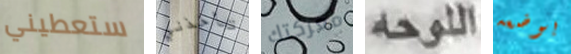
ستعطيني تأخذني معركتك اللوحه بوضعه